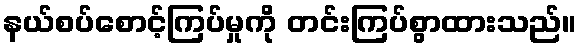
နယ်စပ်စောင့်ကြပ်မှုကို တင်းကြပ်စွာထားသည်။